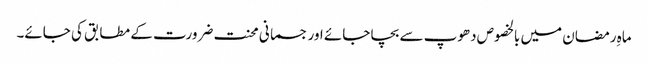
ماہِ رمضان میں بالخصوص دھوپ سے بچا جائے اور جسمانی محنت ضرورت کے مطابق کی جائے۔